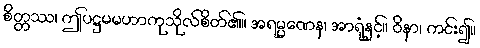
စိတ္တဿ၊ ဤပဋ္ဌမမဟာကုသိုလ်စိတ်၏။ အရမ္မဏေန၊ အာရုံနှင့်။ ဝိနာ၊ ကင်း၍။